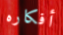
أفكاره